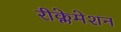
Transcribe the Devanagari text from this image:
रीक्लेमेशन